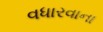
વધારવાના